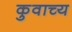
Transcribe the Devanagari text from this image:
कुवाच्य